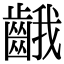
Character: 𪘐